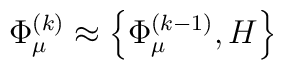
\Phi^{(k)}_{\mu} \approx \left\{ \Phi^{(k-1)}_{\mu}, H \right\}